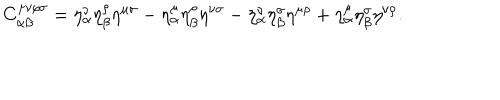
C _ { \alpha \beta } ^ { \mu \nu \rho \sigma } = \eta _ { \alpha } ^ { \nu } \eta _ { \beta } ^ { \rho } \eta ^ { \mu \sigma } - \eta _ { \alpha } ^ { \mu } \eta _ { \beta } ^ { \rho } \eta ^ { \nu \sigma } - \eta _ { \alpha } ^ { \nu } \eta _ { \beta } ^ { \sigma } \eta ^ { \mu \rho } + \eta _ { \alpha } ^ { \mu } \eta _ { \beta } ^ { \sigma } \eta ^ { \nu \rho } .